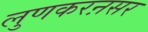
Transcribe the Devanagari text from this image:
लुणकरऩसर